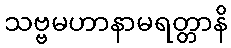
သဗ္ဗမဟာနာမရတ္တာနိ